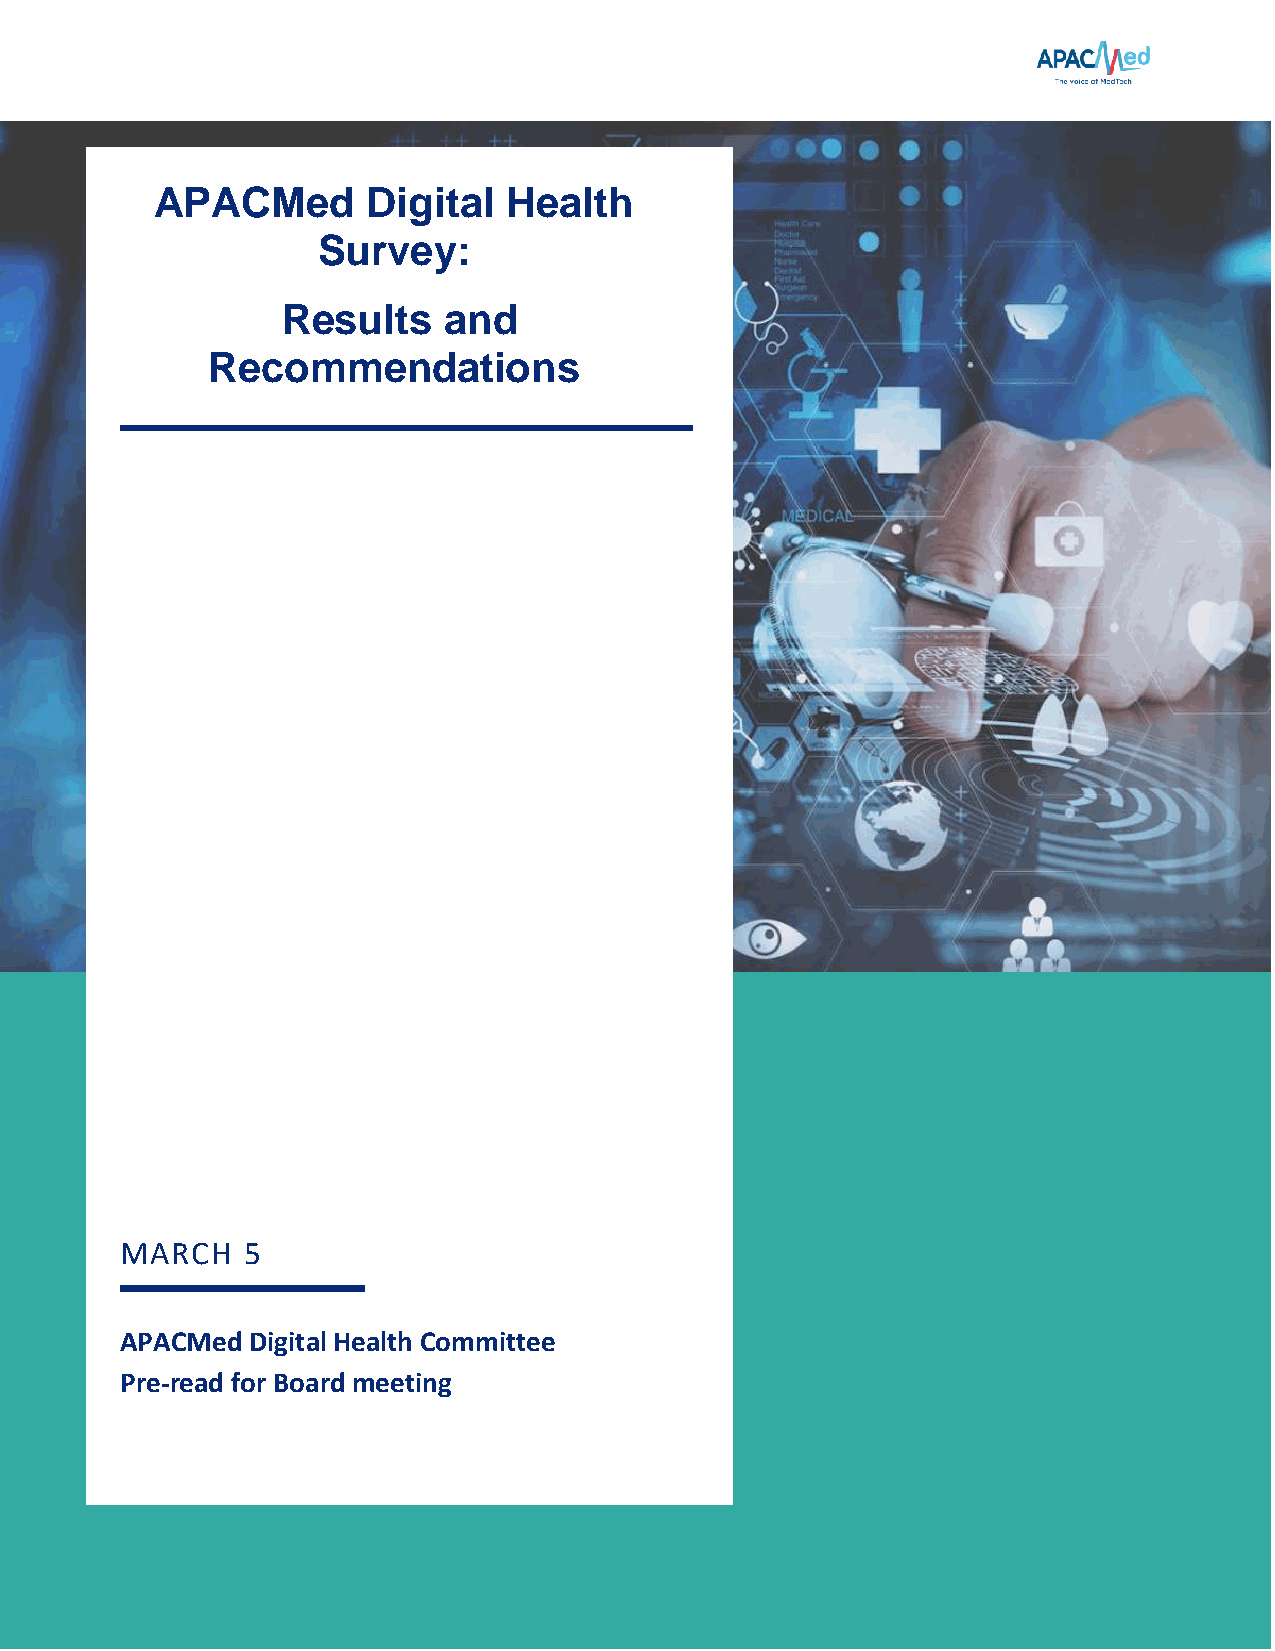
APACMed       Digital   Health
 Survey:
 Results   and
 Recommendations
 MARCH   5
 APACMed Digital Health Committee
 Pre-read for Board meeting
 1